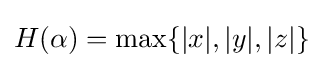
H(\alpha )=\max\{|x|,|y|,|z|\}